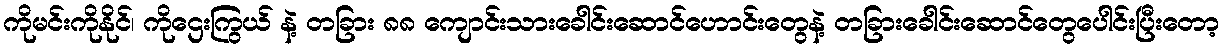
ကိုမင်းကိုနိုင်၊ ကိုဌေးကြွယ် နဲ့ တခြား ၈၈ ကျောင်းသားခေါင်းဆောင်ဟောင်းတွေနဲ့ တခြားခေါင်းဆောင်တွေပေါင်းပြီးတော့